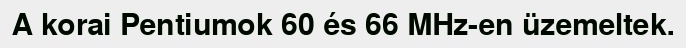
A korai Pentiumok 60 és 66 MHz-en üzemeltek.